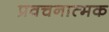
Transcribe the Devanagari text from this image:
प्रवचनात्मक